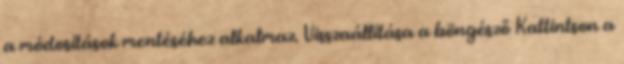
a módosítások mentéséhez alkalmaz. Visszaállítása a böngésző Kattintson a